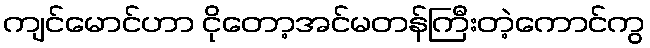
ကျင်မောင်ဟာ ငိုတော့အင်မတန်ကြီးတဲ့ကောင်ကွ